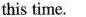
this time.